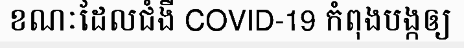
ខណៈដែលជំងឺ COVID-19 កំពុងបង្កឲ្យ